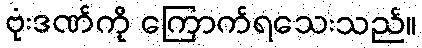
ဗုံးဒဏ်ကို ကြောက်ရသေးသည်။